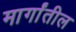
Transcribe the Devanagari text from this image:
मार्गांतील